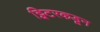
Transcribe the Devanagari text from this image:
ट्विटरकडून